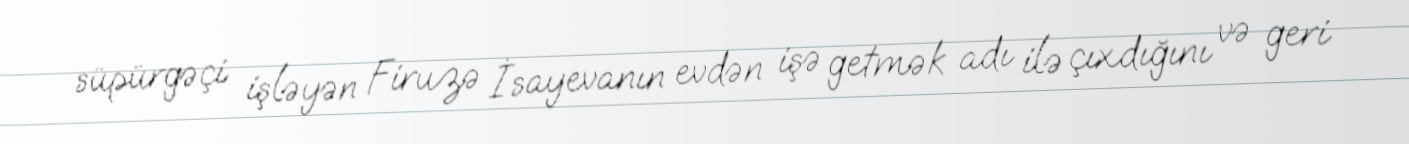
süpürgəçi işləyən Firuzə İsayevanın evdən işə getmək adı ilə çıxdığını və geri